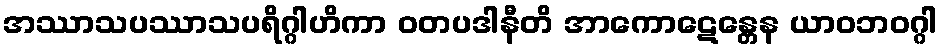
အဿာသပဿာသပရိဂ္ဂါဟိကာ ဝတပဒါနီတိ အာကောဋေန္တေန ယာဝဘဝဂ္ဂါ